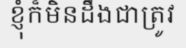
ខ្ញុំក៏មិនដឹងជាត្រូវ